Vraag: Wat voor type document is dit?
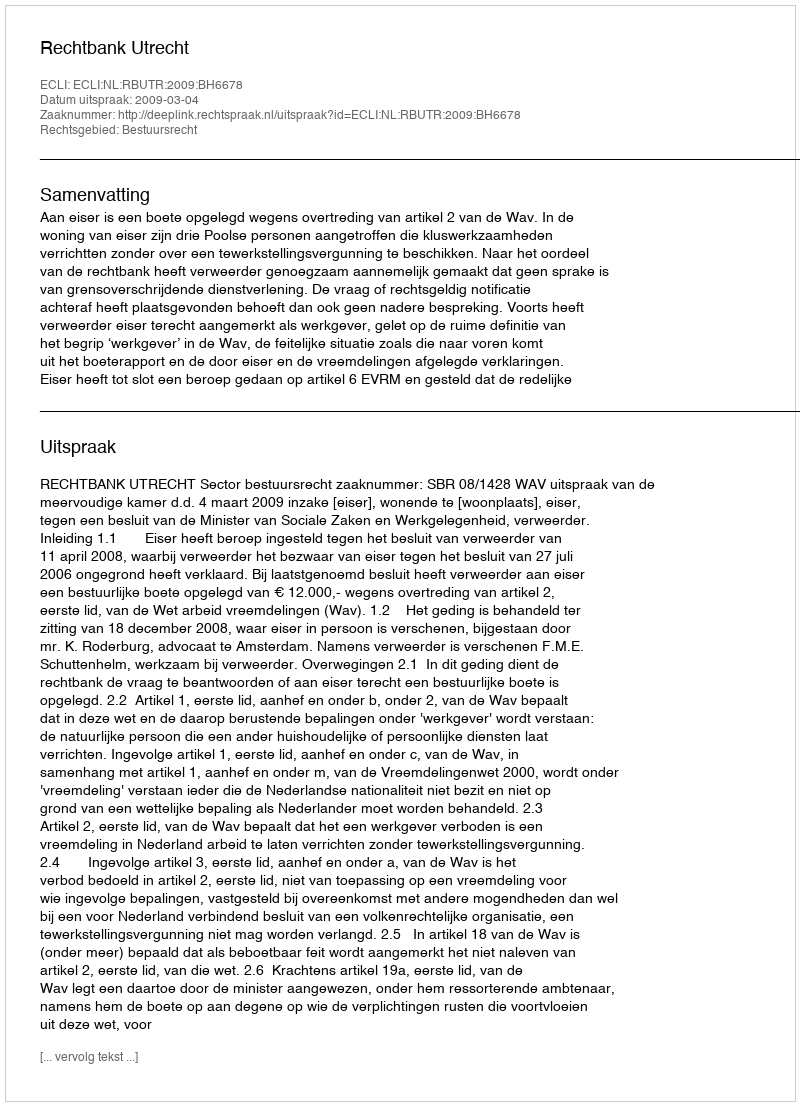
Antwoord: Uitspraak